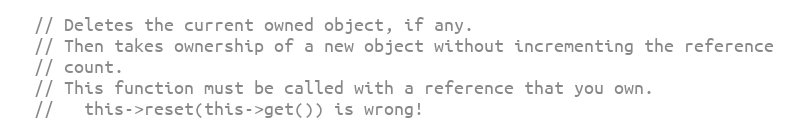
Language: C
  // Deletes the current owned object, if any.
  // Then takes ownership of a new object without incrementing the reference
  // count.
  // This function must be called with a reference that you own.
  //   this->reset(this->get()) is wrong!